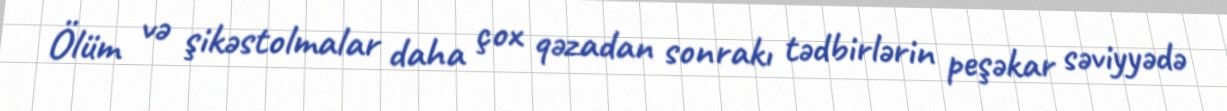
Ölüm və şikəstolmalar daha çox qəzadan sonrakı tədbirlərin peşəkar səviyyədə